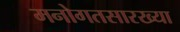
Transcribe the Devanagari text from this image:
मनोगतसारख्या